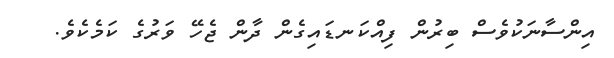
އިންސާނަކުވެސް ބިރުން ފިއްކަނޑައިގެން ދާން ޖެހޭ ވަރުގެ ކަމެކެވެ.